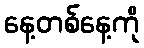
နေ့တစ်နေ့ကို